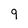
Character: 9